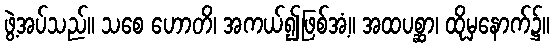
ဖွဲ့အပ်သည်။ သစေ ဟောတိ၊ အကယ်၍ဖြစ်အံ့။ အထပစ္ဆာ၊ ထိုမှနောက်၌။